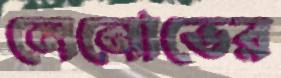
লেনোভের